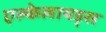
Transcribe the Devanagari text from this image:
एल्केलायड्स